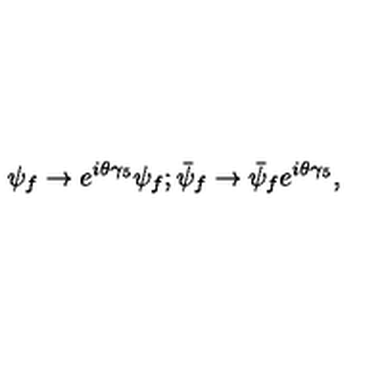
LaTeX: \psi _ { f } \rightarrow e ^ { i \theta \gamma _ { 5 } } \psi _ { f } ; \bar { \psi } _ { f } \rightarrow \bar { \psi } _ { f } e ^ { i \theta \gamma _ { 5 } } ,